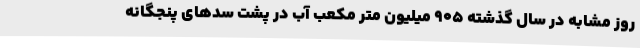
روز مشابه در سال گذشته ۹۰۵ میلیون متر مکعب آب در پشت سدهای پنجگانه